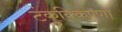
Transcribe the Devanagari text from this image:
टंकुक्किण्णा